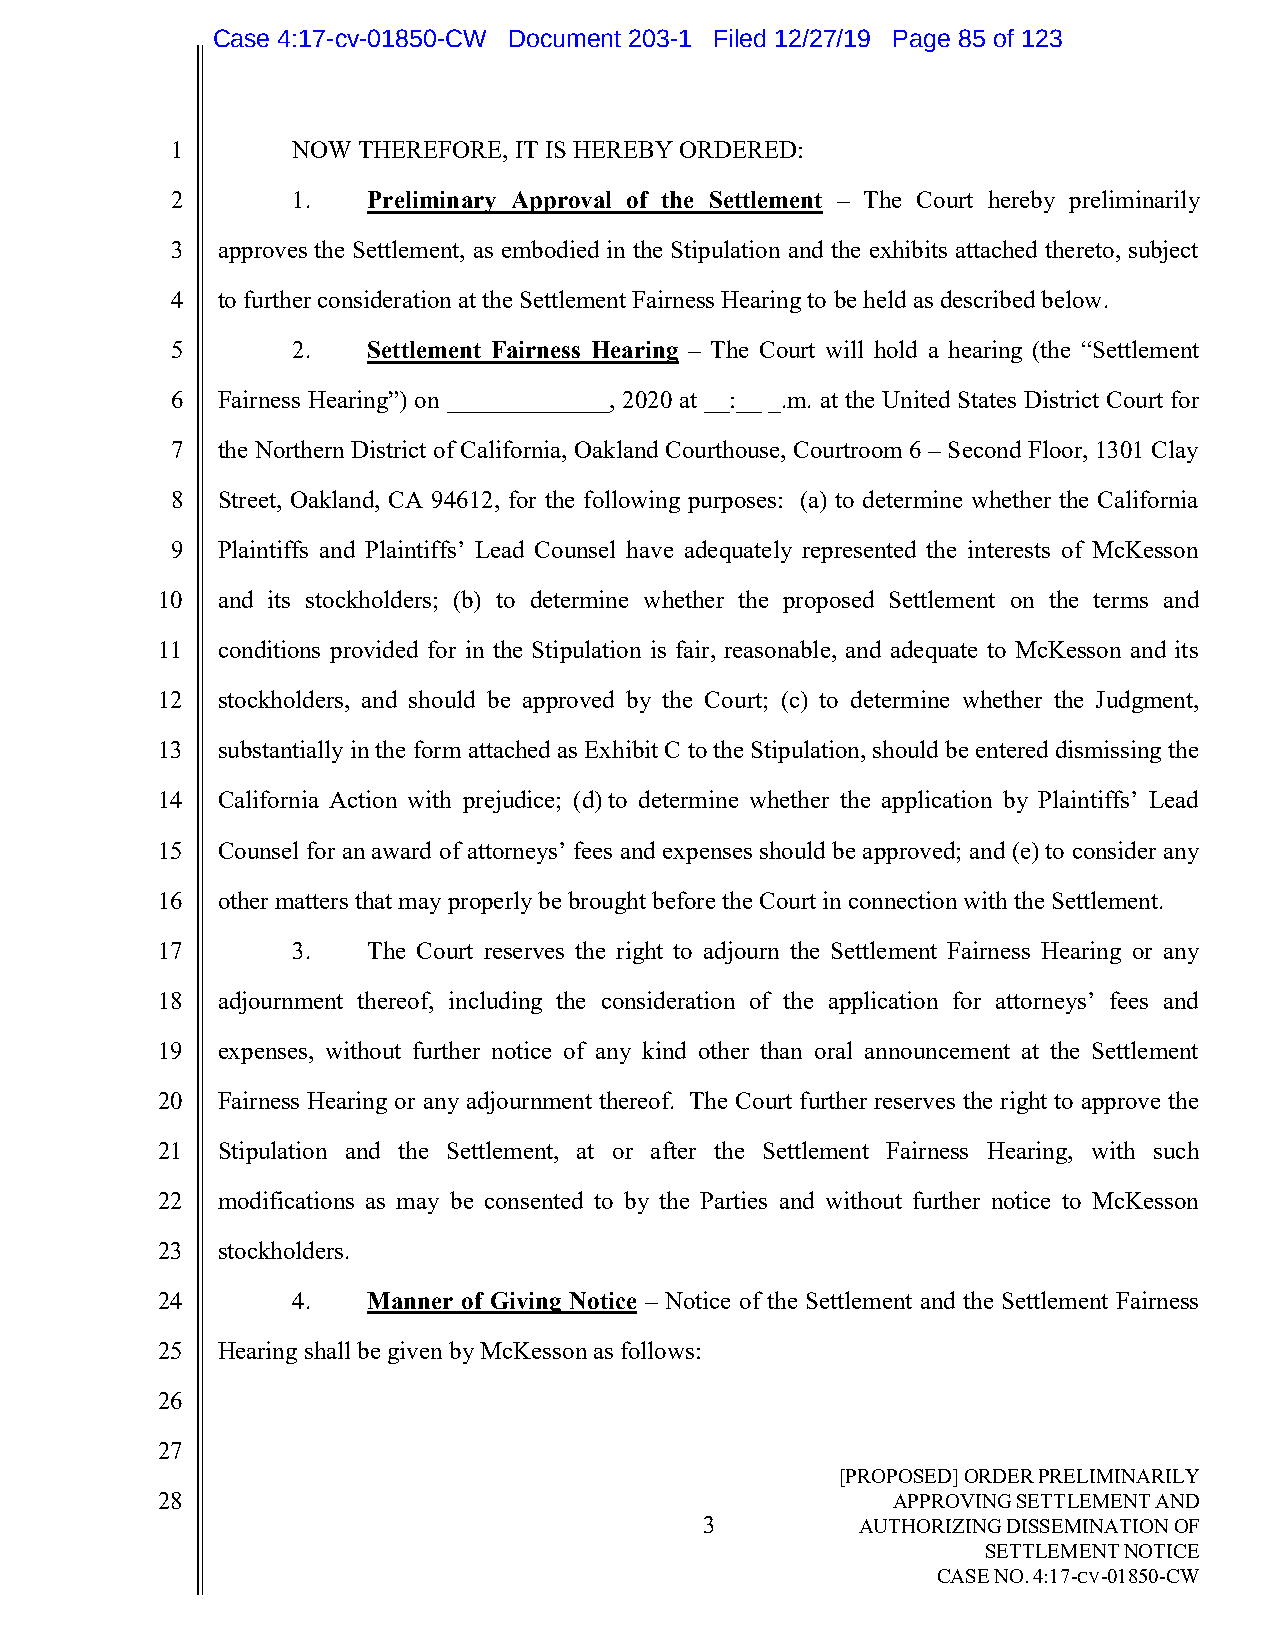
Case 4:17-cv-01850-CW Document 203-1 Filed 12/27/19 Page 85 of 123
 1       NOW  THEREFORE, IT IS HEREBY ORDERED:
 2       1.   Preliminary Approval of the Settlement – The Court hereby preliminarily
 3  approves the Settlement, as embodied in the Stipulation and the exhibits attached thereto, subject
 4  to further consideration at the Settlement Fairness Hearing to be held as described below.
 5       2.   Settlement Fairness Hearing – The Court will hold a hearing (the “Settlement
 6  Fairness Hearing”) on _____________, 2020 at __:__ _.m. at the United States District Court for
 7  the Northern District of California, Oakland Courthouse, Courtroom 6 – Second Floor, 1301 Clay
 8  Street, Oakland, CA 94612, for the following purposes: (a) to determine whether the California
 9  Plaintiffs and Plaintiffs’ Lead Counsel have adequately represented the interests of McKesson
 10  and its stockholders; (b) to determine whether the proposed Settlement on the terms and
 11  conditions provided for in the Stipulation is fair, reasonable, and adequate to McKesson and its
 12  stockholders, and should be approved by the Court; (c) to determine whether the Judgment,
 13  substantially in the form attached as Exhibit C to the Stipulation, should be entered dismissing the
 14  California Action with prejudice; (d) to determine whether the application by Plaintiffs’ Lead
 15  Counsel for an award of attorneys’ fees and expenses should be approved; and (e) to consider any
 16  other matters that may properly be brought before the Court in connection with the Settlement.
 17       3.   The Court reserves the right to adjourn the Settlement Fairness Hearing or any
 18  adjournment thereof, including the consideration of the application for attorneys’ fees and
 19  expenses, without further notice of any kind other than oral announcement at the Settlement
 20  Fairness Hearing or any adjournment thereof. The Court further reserves the right to approve the
 21  Stipulation and the Settlement, at or after the Settlement Fairness Hearing, with such
 22  modifications as may be consented to by the Parties and without further notice to McKesson
 23  stockholders.
 24       4.   Manner of Giving Notice – Notice of the Settlement and the Settlement Fairness
 25  Hearing shall be given by McKesson as follows:
 26
 27
 [PROPOSED] ORDER PRELIMINARILY
 28                                               APPROVING SETTLEMENT AND
 3         AUTHORIZING DISSEMINATION OF
 SETTLEMENT NOTICE
 CASE NO. 4:17-CV-01850-CW